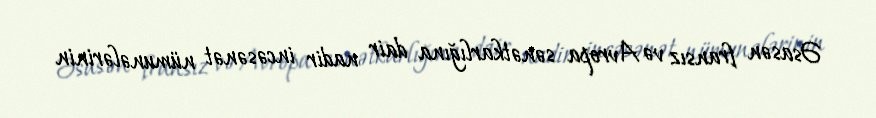
Əsasən fransız və Avropa sənətkarlığına dair nadir incəsənət nümunələrinin